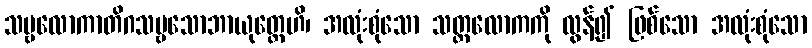
သဗ္ဗလောကာတိဂသဗ္ဗသောဘာယုတ္တေဟိ၊ အလုံးစုံသော သတ္တလောကကို လွန်၍ ဖြစ်သော အလုံးစုံသော